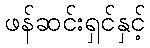
ဖန်ဆင်းရှင်နှင့်